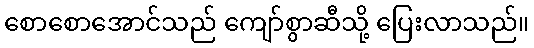
စောစောအောင်သည် ကျော်စွာဆီသို့ ပြေးလာသည်။